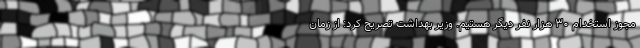
مجوز استخدام ۳۰ هزار نفر دیگر هستیم. وزیر بهداشت تصریح کرد: از زمان